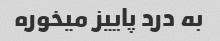
به درد پاییز میخوره